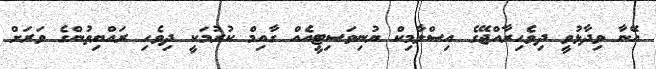
އޭނާ ވިދާޅުވީ ދިވެހިރާއްޖޭގެ އިސްލާމިކް ޔުނިވަސިޓީއެއް ގާއިމް ކުރުމަކީ ދިވެހި ރައްޔިތުންގެ ވަރަށް